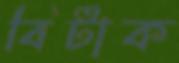
বিটাক